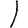
Digit: 1